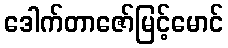
ဒေါက်တာဇော်မြင့်မောင်